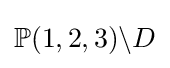
\mathbb {P} (1,2,3)\backslash D